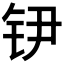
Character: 𲇶